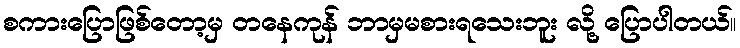
စကားပြောဖြစ်တော့မှ တနေကုန် ဘာမှမစားရသေးဘူး လို့ ပြောပါတယ်။